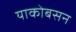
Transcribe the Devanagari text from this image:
याकोबसन